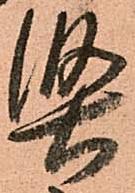
堅